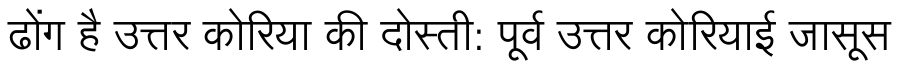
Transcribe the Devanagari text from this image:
ढोंग है उत्तर कोरिया की दोस्ती: पूर्व उत्तर कोरियाई जासूस